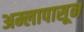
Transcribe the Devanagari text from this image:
अम्लापासून